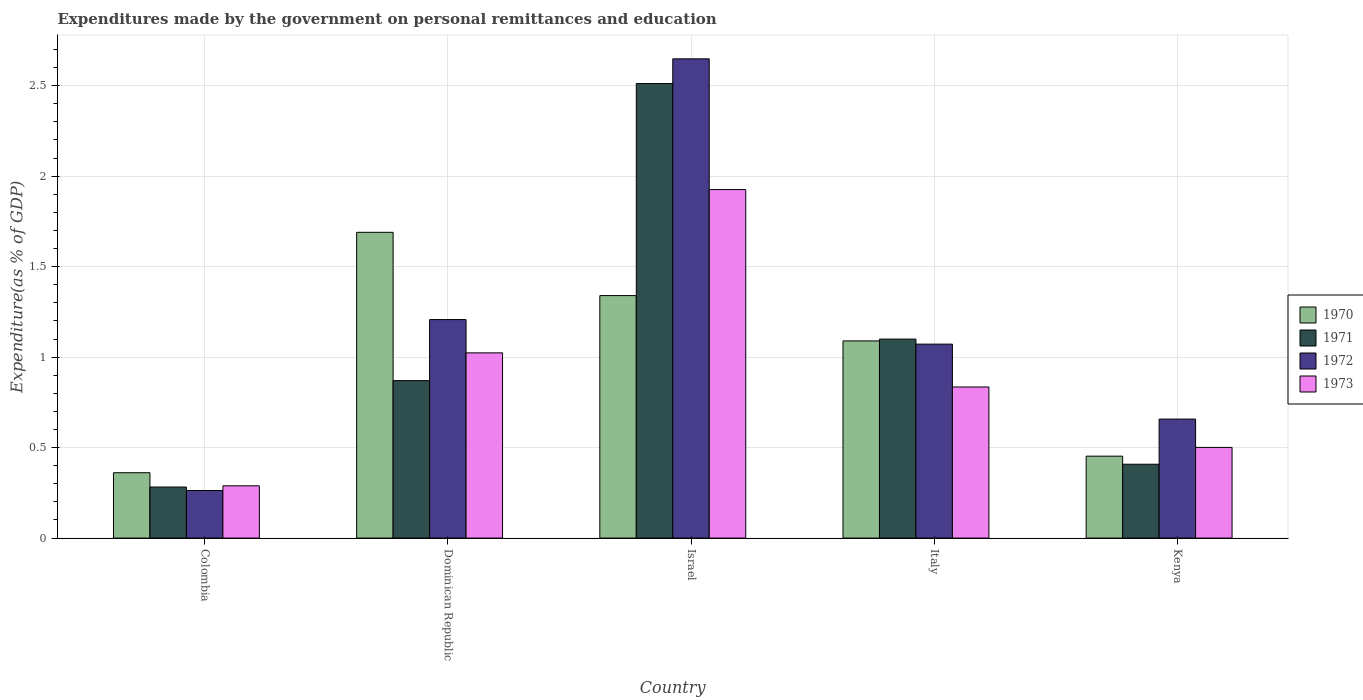
| Country | 1970 | 1971 | 1972 | 1973 |
 | --- | --- | --- | --- | --- |
 | Colombia | 0.361 | 0.282 | 0.263 | 0.289 |
 | Dominican Republic | 1.69 | 0.87 | 1.21 | 1.02 |
 | Israel | 1.34 | 2.51 | 2.65 | 1.93 |
 | Italy | 1.09 | 1.1 | 1.07 | 0.835 |
 | Kenya | 0.453 | 0.408 | 0.658 | 0.501 |